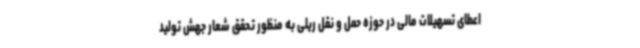
اعطای تسهیلات مالی در حوزه حمل و نقل ریلی به منظور تحقق شعار جهش تولید